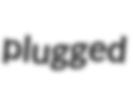
plugged